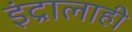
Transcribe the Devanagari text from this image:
इंद्रालाही